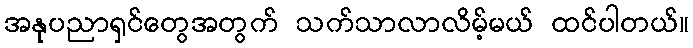
အနုပညာရှင်တွေအတွက် သက်သာလာလိမ့်မယ် ထင်ပါတယ်။